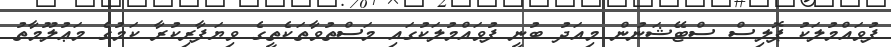
ފުވައްމުލަކު ޕޮލިސް ސްޓޭޝަނުން މިއަދު ބުނީ ފުވައްމުލަކުގައި މަސްތުވާތަކެތީގެ ވިޔަފާރިކުރާ ކަމުގެ މަޢުލޫމާތު